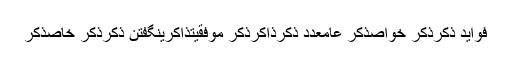
فواید ذکرذکر خواصذکر عامعدد ذکرذاکرذکر موفقیتذاکرینگفتن ذکرذکر خاصذکر